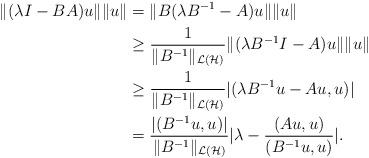
LaTeX: \begin{align*} \|(\lambda I-BA) u \| \|u\| &=\|B(\lambda B^{-1} -A) u \| \|u\| \\&\geq \frac{1}{\|B^{-1}\|_{\mathcal{L(H)}}}\|(\lambda B^{-1} I-A)u \|\|u\| \\&\geq \frac{1}{\|B^{-1}\|_{\mathcal{L(H)}}}|(\lambda B^{-1} u-Au,u)| \\&=\frac{|(B^{-1}u,u)|}{\|B^{-1}\|_{\mathcal{L(H)}}}|\lambda-\frac{(Au,u)}{(B^{-1}u,u)} |.\end{align*}